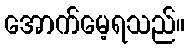
အောက်မေ့ရသည်။